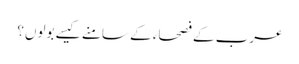
عرب کے فصحاء کے سامنے کیسے بولوں؟